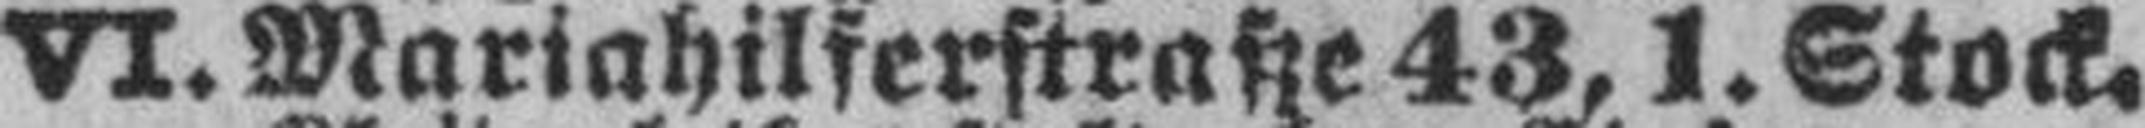
VI. Mariahilferstraße 43, 1. Stock.